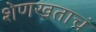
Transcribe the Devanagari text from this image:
शेणखताचं